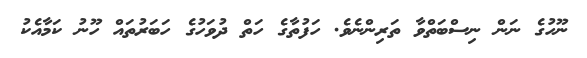
ނޫހުގެ ނަން ނިސްބަތްވާ ތަރިންނެވެ. ހަފުތާގެ ހަތް ދުވަހުގެ ހަބަރުތައް ހޫނު ކަމާއެކު